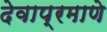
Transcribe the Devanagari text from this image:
देवाप्रमाणे